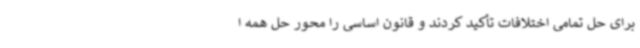
برای حل تمامی اختلافات تأکید کردند و قانون اساسی را محور حل همه ا